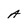
Character: A